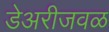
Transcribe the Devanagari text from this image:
डेअरीजवळ